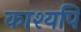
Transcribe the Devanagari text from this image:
काश्यपि